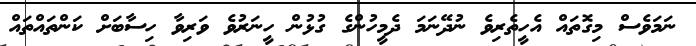
ނަމަވެސް މިގޮތައް އެހީތެރިވެ ނުދޭނަމަ ދެމީހުންގެ ގުޅުން ހީނަރުވެ ވަރިވާ ހިސާބަށް ކަންތައްތައް